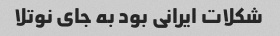
شکلات ایرانی بود به جای نوتلا